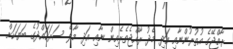
ރާއްޖޭގެ އުތުރުންނާއި އަދި މެދު ރާއްޖެތެރެއިން ނާއި އަދި މާލެ ސަރަހައްދުގެ ބަޔަކަށް